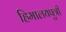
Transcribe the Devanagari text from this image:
हिमालयपुत्री